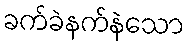
ခက်ခဲနက်နဲသော